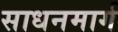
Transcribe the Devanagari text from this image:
साधनमार्ग